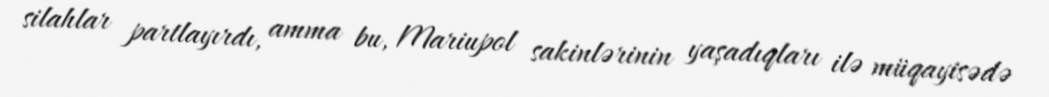
silahlar partlayırdı, amma bu, Mariupol sakinlərinin yaşadıqları ilə müqayisədə